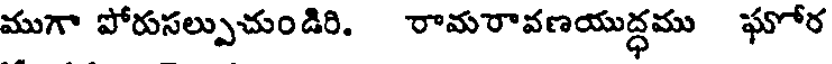
ముగా పోరుసల్పుచుండిరి. రామరావణయుద్ధము ఘోర